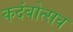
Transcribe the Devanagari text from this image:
कदंबोत्सव